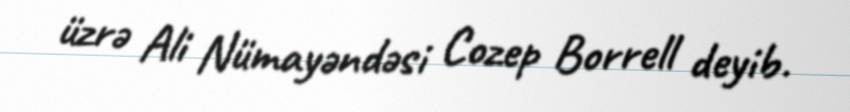
üzrə Ali Nümayəndəsi Cozep Borrell deyib.